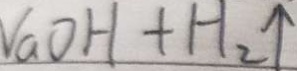
N a O H + H _ { 2 } \uparrow